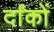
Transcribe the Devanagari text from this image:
र्दांकों